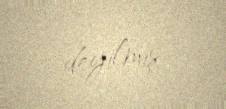
deyilmiş.